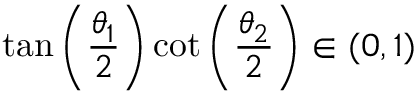
\tan \left( \frac { \theta _ { 1 } } { 2 } \right) \cot \left( \frac { \theta _ { 2 } } { 2 } \right) \in ( 0 , 1 )